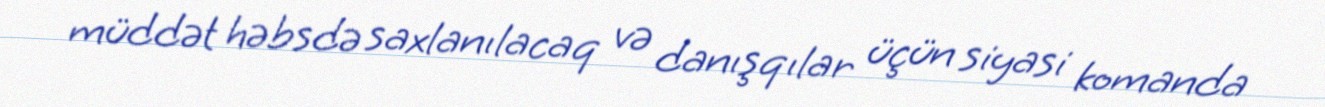
müddət həbsdə saxlanılacaq və danışqılar üçün siyasi komanda